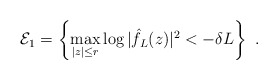
\begin{align*} \mathcal E_1=\left\{ \max_{|z|\leq r}\log|\hat f_L(z)|^2<-\delta L\right\}\ . \end{align*}